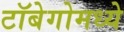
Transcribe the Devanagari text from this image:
टॉबेगोमध्ये